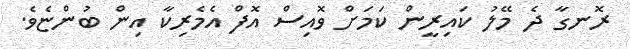
ރޮނގާ ދެ މޭލު ކައިރީން ކަމަށް ވޮއިސް އޮފް އެމެރިކާ އިން ބުންޏެވެ.